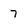
Character: 7